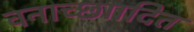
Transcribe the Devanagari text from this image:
वनाच्छाादित